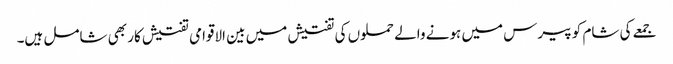
جمعے کی شام کو پیرس میں ہونے والے حملوں کی تفتیش میں بین الاقوامی تفتیش کار بھی شامل ہیں۔